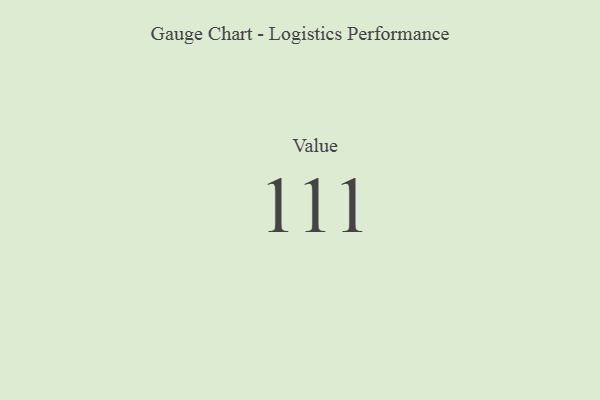
{"axis": {"x": "Metric", "y": "Value"}, "legend": [""], "data": [{"x": "Value", "y": 111, "type": ""}]}